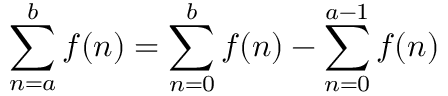
\sum _ { n = a } ^ { b } f ( n ) = \sum _ { n = 0 } ^ { b } f ( n ) - \sum _ { n = 0 } ^ { a - 1 } f ( n ) \quad